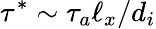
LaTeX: \tau^{*}\sim\tau_{a}\ell_{x}/d_{i}